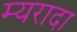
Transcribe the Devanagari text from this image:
म्यरादा